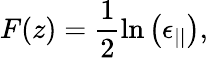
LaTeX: F(z)=\frac{1}{2}\ln\left(\epsilon_{||}\right),